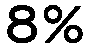
8%